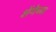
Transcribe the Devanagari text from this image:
शेंगेच्या